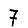
Digit: 7